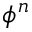
\phi ^ { n }